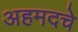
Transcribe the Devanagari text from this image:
अहमदचे